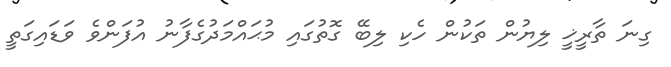
ގިނަ ތާރީޚީ ލިޔުން ތަކުން ހެކި ލިބޭ ގޮތުގައި މުޙައްމަދުގެފާނު އުފަންވެ ވަޑައިގަތީ